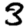
Digit: 3